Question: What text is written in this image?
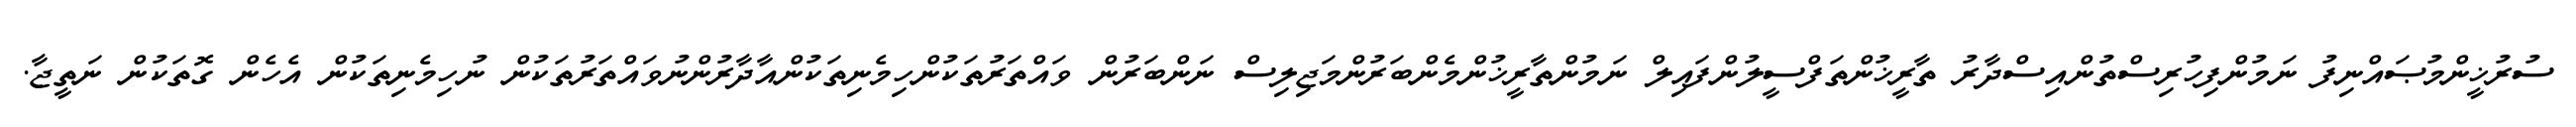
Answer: ސުރުޚީންމުޞައްނިފު ނަމުންފިހުރިސްތުންއިސްދާރު ތާރީޚުންތަފްސީލުންފައިލް ނަމުންތާރީޚުންމެންބަރުންމަޖިލިސް ނަންބަރުން ވައްތަރުތަކުންހިމެނިތަކުންއާދާރުންނުވައްތަރުތަކުން ނުހިމެނިތަކުން އެހެން ގޮތަކުން ނަތީޖާ.